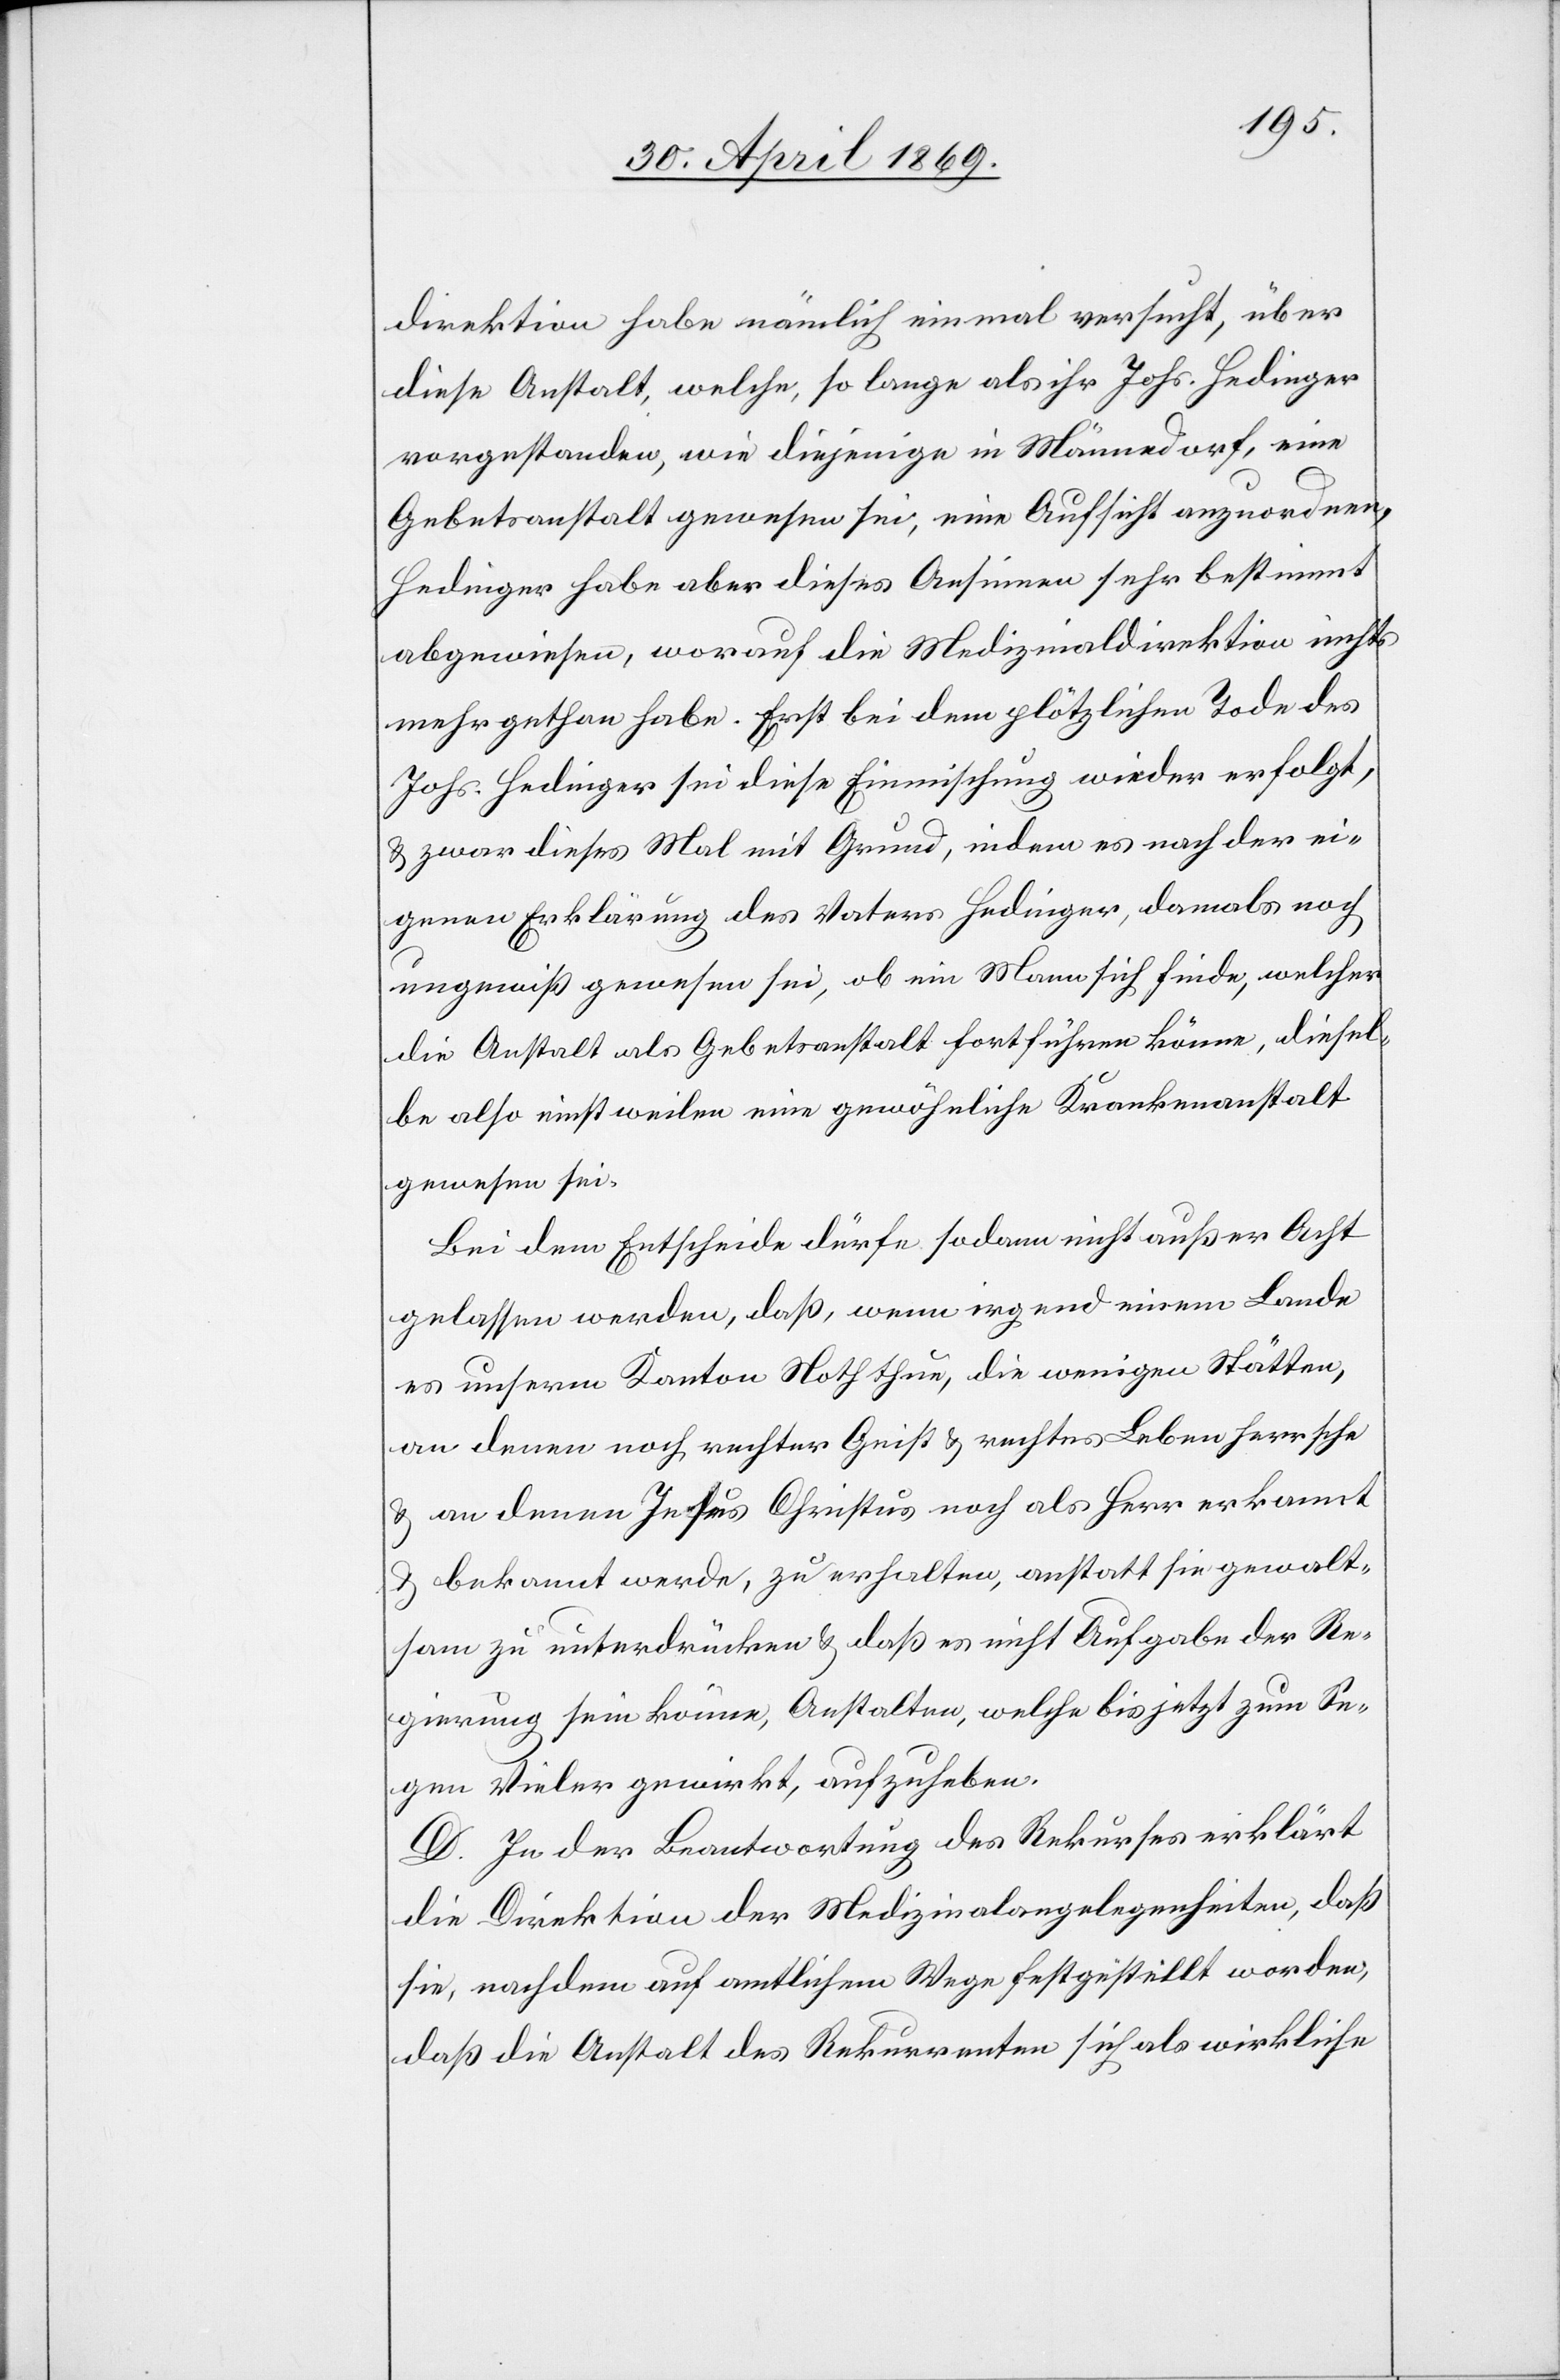
direktion habe nämlich einmal versucht, über
diese Anstalt, welche, so lange als ihr Johs. Hedinger
vorgestanden, wie diejenige in Männedorf, eine
Gebetsanstalt gewesen sei, eine Aufsicht sehr
abgewiesen, worauf die Medizinaldirektion nicht
mehr gethan habe. Erst bei dem plötzlichen Tode des
Johs. Hedinger sei diese Einmischung wieder erfolgt,
u. zwar dieses Mal mit Grund, indem es nach der ei¬
genen Erklärung des Vaters Hedinger, damals noch
ungewiß gewesen sei, ob ein Mann sich finde, welcher
die Anstalt als Gebetsanstalt fortführen könne, diesel¬
be also einstweilen eine gewöhnliche Krankenanstalt
gewesen sei.
Bei dem Entscheide dürfe sodann nicht außer Acht
gelassen werden, daß, wenn irgend einem Lande
es unserm Kanton Noth thun [sic!], die wenigen Stätten,
an denen Jesus Christus noch als Herr erkannt
u. bekannt werde, zu erhalten, anstatt sie gewalt¬
sam zu unterdrücken u. daß es nicht Aufgabe der Re¬
gierung sein könne, Anstalten, welche bis jetzt zum Se¬
gen Vieler gewirkt, aufzuheben.
D. In der Beantwortung des Rekurses erklärt
die Direktion der Medizinalangelegenheiten, daß
sie, nachdem auf amtlichem Wege festgestellt worden,
daß die Anstalt des Rekurrenten sich als wirkliche